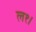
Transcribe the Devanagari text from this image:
ल१।